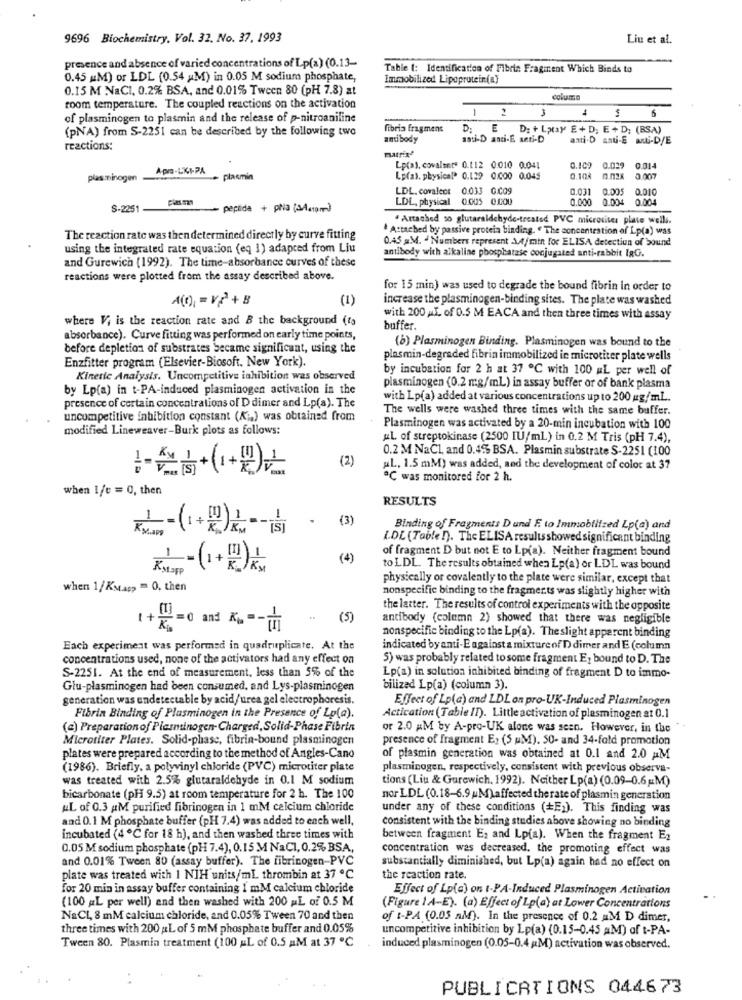
9696 Biochemistry, Vol. 32. No. 37. 1993
Liu et al.
presence and absence of varied concentrations of Lp(a) (0.13-
Table (: Identification of Fibrin Fragment Which Binds to
0.45 #M) or LDL (0.54 M) in 0.05 M sodium phosphate,
Immobilized Lipoprotein(a)
0.15 M NaCI. 0.2% BSA, and 0.01% Tween 80 (pH 7.8) at
columa
room temperature. The coupled reactions on the activation
1 2
-
4
6
of plasminogen to plasmin and the release of p-nitroaniline
(pNA) from S-2251 can be described by the following two
fibrin fragment
D:
E D: + Latay E + D; E + D; (BSA)
antibody
aasi-D anci-E anti-D
anti.D anti-E ML-D/E
reactions:
matrixe
ApIa-LKI-PA
Lp(a). covalente 0.112 0.010 0.041
0.109
0.02
0.014
plas minogen
plasmin
Lp(as. physical. 0.129 0.000 0.045
0.104
3 007
LDL. covalent 0.033 G.CO9
0.031
0.005
0.010
LDL, physical
0.005 0.000
0.000
0.004
0.004
S-2251
peptide + pra (Aa)
. Attached so glutaraldehyde-treated PVC microsites plate wells.
. Attached by passive protein binding. " The concentration of Lp(a) was
The reaction rate was then determined directly by curve fitting
0.45 #M. - Numbers represent \4/min for ELISA detection of Sound
using the integrated rate equation (eq 1) adapted from Liu
antibody with alkaline phosphatase conjugated anti-rabbit IRG.
and Gurewich (1992). The time-absorbance curves of these
reactions were plotted from the assay described above.
for 15 min) was used to degrade the bound fibrin in order to
(1)
increase the plasminogen-binding sites. The plate was washed
where Vi is the reaction rate and B the background (fa
with 200 AL. of 0.5 M EACA and then three times with assay
buffer.
absorbance). Curve fitting was performed on early time points,
(b) Plasminogen Binding. Plasminogen was bound to the
before depletion of substrates became significant, using the
Enzfitter program (Elsevier-Biosoft. New York).
plasmin-degraded fibrin immobilized in microtiter plate wells
by incubation for 2 h at 37 ℃ with 100 #L per well of
Kinetic Analysis. Uncompetitive inhibition was observed
by Lp(a) in t-PA-induced plasminogen activation in the
plasminogen (0.2 mg/ml) in assay buffer or of bank plasma
presence of certain concentrations of D dimer and Lp(a). The
with Lp(a) added at various concentrations up to 200 mg/mL.
The wells were washed three times with the same buffer.
uncompetitive inhibition constant (Ki.) was obtained from
modified Lineweaver-Burk plots as follows:
Plasminogen was activated by a 20-min incubation with 100
uL of streptokinase (2500 IU/ml) in 0.2 M Tris (pH 7.4),
0.2 M NaCl, and 0.45% BSA. Plasmin substrate S-2251 (100
(2)
"L. 1.5 mM) was added, and the development of color at 37
C was monitored for 2 h.
when 1/c = 0, then
RESULTS
+
.
(3)
Binding of Fragments Dand E to Immobilized Lp(a) and
I.DE (Table !). The ELISA results showed significant binding
of fragment D but not E to Lp(a). Neither fragment bound
(4)
KNOPP
L.(+2)
to LDL. The results obtained when Lp(a) or LDL was bound
physically or covalently to the plate were similar, except that
when 1/ Kstapp = 0, then
nonspecific binding to the fragmer.ts was slightly higher with
the latter. The results of control experiments with the opposite
(5)
antibody (column 2) showed that there was negligible
+ = ans Km =-
nonspecific binding to the Lp(a). The slight apparent binding
Each experiment was performed in quadruplicate. At the
indicated by anti-E against a mixture of D dimer and E (column
concentrations used, none of the activators had any effect on
5) was probably related to some fragment E, bound to D. The
S-2251. At the end of measurement, less than 5% of the
Lp(a) in solution inhibited binding of fragment D to immo-
Glu-plasminogen had been consumed, and Lys-plasminogen
bilized Lp(a) (column 3).
generation was undetectable by acid/urea gel electrophoresis.
Effect of Lp(a) and LDL on pro-UK-Induced Plasminogen
Fibrin Binding of Plasminogen in the Presence of Lp(a).
Actication (Table /1). Little activation of plesminogen at 0.1
(a) Preparation of Plasminogen-Charged, Solid-Phase Fibrin
or 2.0 AM by A-pro-UK alone was seen. However, in the
Microtiter Plates. Solid-phase, fibrin-bound plasminogen
presence of Fragment E, (5 uM). 50- and 34-fald promotion
plates were prepared according to the method of Angles-Cano
of plasmin generation was obtained at 0.1 and 2.0 AM
(1986). Briefly, a polyvinyl chloride (PVC) microtiter plate
plasminogen, respectively, consistent with previous observa-
was treated with 2.5% glutaraldehyde in 0.1 M sodium
tions (Liu & Gurewich, 1992). Neither Lp(a) (0.09-0.6 M)
bicarbonate (pH 9.5) at room temperature for 2 h. The 100
nor LDL (0.18-6.9 M)affected therate of plasmin generation
AL of 0.3 AM purified fibrinogen in 1 mM calcium chloride
under any of these conditions (+E;). This finding was
and 0.1 M phosphate buffer (pH 7.4) was added to each well,
consistent with the binding studies above showing no binding
incubated (4 ℃ for 18 h), and then washed three times with
between fragment E2 and Lp(a). When the fragment E2
0.05 M sodium phosphate (pH 7.4), 0.15 M NaC1, 0.2% BSA,
concentration was decreased. the promoting effect was
and 0.01% Tween 80 (assay buffer). The fibrinogen-PVC
substantially diminished, but Lp(a) again had no effect on
plate was treated with 1 NIH units/mL thrombin at 37 ℃
the reaction rate.
for 20 min in assay buffer containing 1 mM calcium chloride
Effect of Lp(a) on t-PA-Induced Plasminogen Activation
(100 L per well) and then washed with 200 ML of 0.5 M
(Figure 1A-E). (a) Effect of Lp(a) at Lower Concentrations
NaCL, 8 mM calcium chloride, and 0.05% Tween 70 and then
of t-PA (0.05 AM). In the presence of 0.2 aM D dimer,
three times with 200 AL of 5 mM phosphate buffer and 0.05%
uncompetitive inhibition by Lp(a) (0.15-0.45 AM) of t-PA-
Tween 80. Plasmin treatment (100 ML of 0.5 AM at 37 ℃
induced plasminogen (0.05-0.4 (M) activation was observed.
PUBLICATIONS 044673